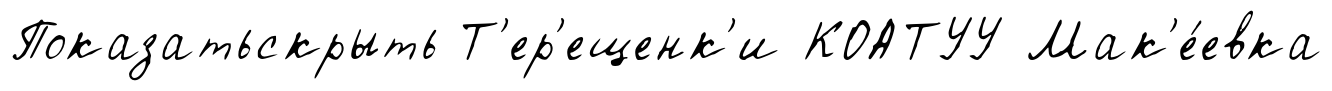
Показатьскрыть Т'ер'ещенк'и КОАТУУ Мак'е́евка